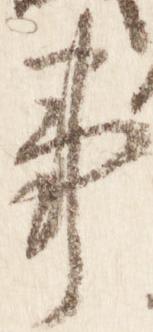
事